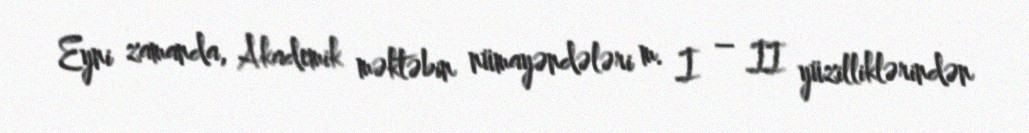
Eyni zamanda, Akademik məktəbin nümayəndələri m. I – II yüzilliklərindən